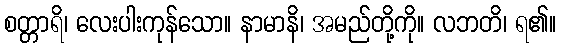
စတ္တာရိ၊ လေးပါးကုန်သော။ နာမာနိ၊ အမည်တို့ကို။ လဘတိ၊ ရ၏။